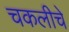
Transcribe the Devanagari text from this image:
चकलीचे